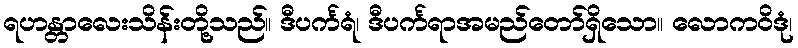
ရဟန္တာလေးသိန်းတို့သည်။ ဒီပင်္ကရံ၊ ဒီပင်္ကရာအမည်တော်ရှိသော။ လောကဝိဒုံ၊